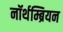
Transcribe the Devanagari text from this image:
नॉर्थम्ब्रियन